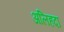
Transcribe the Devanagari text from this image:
अलिहदा